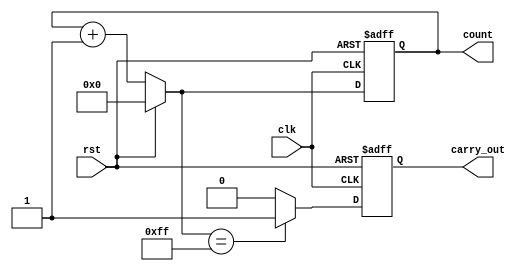
module synchronous_counter (
    input wire clk,
    input wire rst,
    output reg [7:0] count,
    output reg carry_out
);

reg [7:0] next_count;

always @ (posedge clk or posedge rst) begin
    if (rst) begin
        count <= 8'b0;
        carry_out <= 1'b0;
    end else begin
        count <= next_count;
        carry_out <= (next_count == 8'b11111111) ? 1'b1 : 1'b0;
    end
end

always @ (*) begin
    if (rst) begin
        next_count = 8'b0;
    end else begin
        next_count = count + 1;
    end
end

endmodule